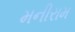
મનીરામ